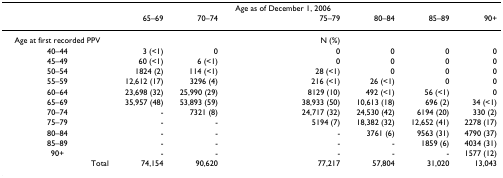
<table><thead><tr><td></td><td></td><td></td><td><b>Age as of December 1, 2006</b></td><td></td><td></td><td></td></tr><tr><td></td><td><b>65–69</b></td><td><b>70–74</b></td><td><b>75–79</b></td><td><b>80–84</b></td><td><b>85–89</b></td><td><b>90+</b></td></tr></thead><tbody><tr><td>Age at first recorded PPV</td><td></td><td></td><td>N (%)</td><td></td><td></td><td></td></tr><tr><td>40–44</td><td>3 (&lt;1)</td><td>0</td><td>0</td><td>0</td><td>0</td><td>0</td></tr><tr><td>45–49</td><td>60 (&lt;1)</td><td>6 (&lt;1)</td><td>0</td><td>0</td><td>0</td><td>0</td></tr><tr><td>50–54</td><td>1824 (2)</td><td>114 (&lt;1)</td><td>28 (&lt;1)</td><td>0</td><td>0</td><td>0</td></tr><tr><td>55–59</td><td>12,612 (17)</td><td>3296 (4)</td><td>216 (&lt;1)</td><td>26 (&lt;1)</td><td>0</td><td>0</td></tr><tr><td>60–64</td><td>23,698 (32)</td><td>25,990 (29)</td><td>8129 (10)</td><td>492 (&lt;1)</td><td>56 (&lt;1)</td><td>0</td></tr><tr><td>65–69</td><td>35,957 (48)</td><td>53,893 (59)</td><td>38,933 (50)</td><td>10,613 (18)</td><td>696 (2)</td><td>34 (&lt;1)</td></tr><tr><td>70–74</td><td>-</td><td>7321 (8)</td><td>24,717 (32)</td><td>24,530 (42)</td><td>6194 (20)</td><td>330 (2)</td></tr><tr><td>75–79</td><td>-</td><td>-</td><td>5194 (7)</td><td>18,382 (32)</td><td>12,652 (41)</td><td>2278 (17)</td></tr><tr><td>80–84</td><td>-</td><td>-</td><td>-</td><td>3761 (6)</td><td>9563 (31)</td><td>4790 (37)</td></tr><tr><td>85–89</td><td>-</td><td>-</td><td>-</td><td>-</td><td>1859 (6)</td><td>4034 (31)</td></tr><tr><td>90+</td><td>-</td><td>-</td><td>-</td><td>-</td><td>-</td><td>1577 (12)</td></tr><tr><td>Total</td><td>74,154</td><td>90,620</td><td>77,217</td><td>57,804</td><td>31,020</td><td>13,043</td></tr></tbody></table>